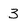
Character: 3